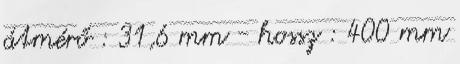
átmérő : 31,6 mm - hossz : 400 mm